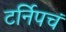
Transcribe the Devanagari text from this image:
टर्निपचं